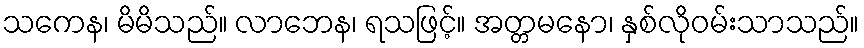
သကေန၊ မိမိသည်။ လာဘေန၊ ရသဖြင့်။ အတ္တမနော၊ နှစ်လိုဝမ်းသာသည်။